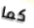
كما